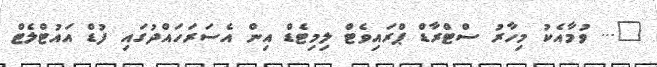
"... ވުމާއެކު މިހާރު ސްޓްރާޑް ޕްރައިވެޓް ލިމިޓެޑް އިން އެސަރަހައްދުގައި ފުޑް އައުޓްލެޓް